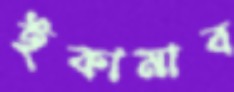
ইকামার